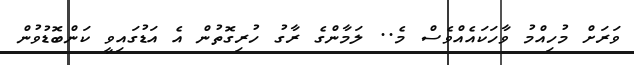
ވަރަށް މުހިއްމު ވާހަކައެއްވެސް މެ.. ލަމާންގެ ރާގު ހުރިގޮތުން އެ އަޑުގައިވީ ކަންބޮޑުވުން